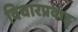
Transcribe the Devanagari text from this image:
विचारप्रवाह्